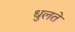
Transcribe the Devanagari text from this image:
धुलते